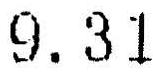
9.31